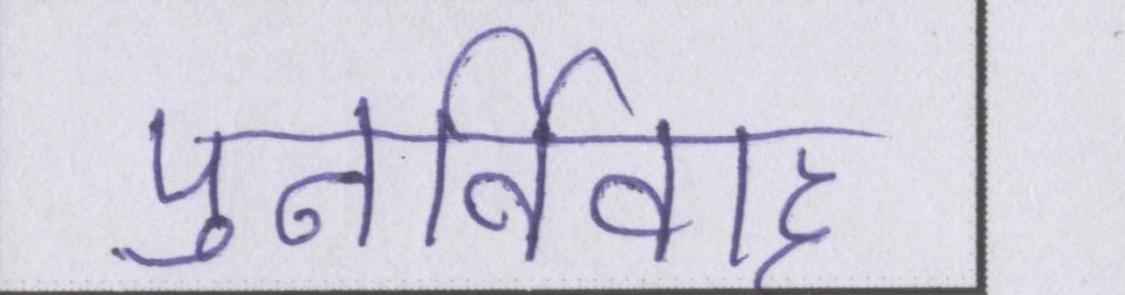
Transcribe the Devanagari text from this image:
पुनर्विवाह